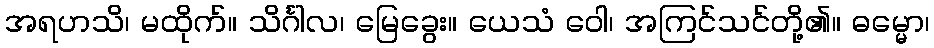
အရဟသိ၊ မထိုက်။ သိင်္ဂါလ၊ မြေခွေး။ ယေသံ ဝေါ၊ အကြင်သင်တို့၏။ ဓမ္မော၊